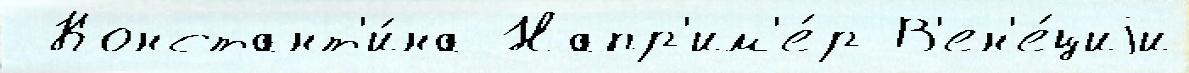
 Констант'и́на Напр'им'е́р В'ен'е́циjи